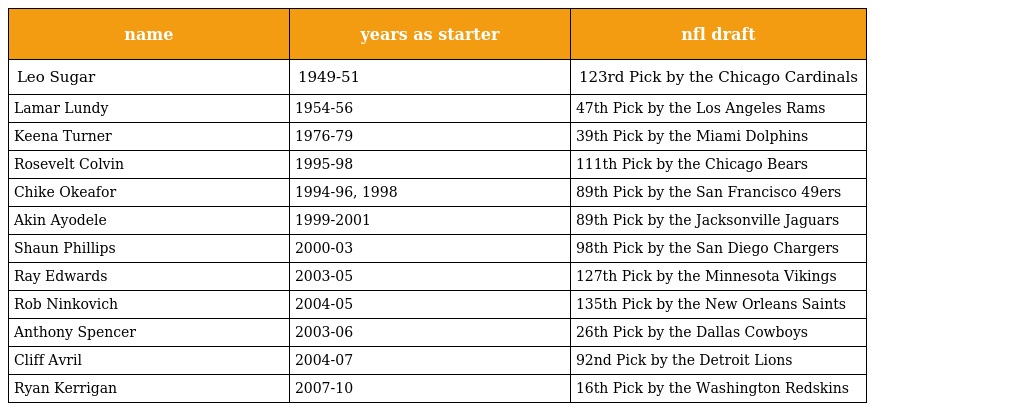
| name | years as starter | nfl draft |
 | --- | --- | --- |
 | Leo Sugar | 1949-51 | 123rd Pick by the Chicago Cardinals |
 | Lamar Lundy | 1954-56 | 47th Pick by the Los Angeles Rams |
 | Keena Turner | 1976-79 | 39th Pick by the Miami Dolphins |
 | Rosevelt Colvin | 1995-98 | 111th Pick by the Chicago Bears |
 | Chike Okeafor | 1994-96, 1998 | 89th Pick by the San Francisco 49ers |
 | Akin Ayodele | 1999-2001 | 89th Pick by the Jacksonville Jaguars |
 | Shaun Phillips | 2000-03 | 98th Pick by the San Diego Chargers |
 | Ray Edwards | 2003-05 | 127th Pick by the Minnesota Vikings |
 | Rob Ninkovich | 2004-05 | 135th Pick by the New Orleans Saints |
 | Anthony Spencer | 2003-06 | 26th Pick by the Dallas Cowboys |
 | Cliff Avril | 2004-07 | 92nd Pick by the Detroit Lions |
 | Ryan Kerrigan | 2007-10 | 16th Pick by the Washington Redskins |